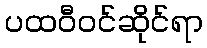
ပထဝီဝင်ဆိုင်ရာ